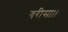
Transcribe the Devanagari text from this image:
गरीसा।।